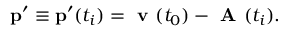
\mathbf { p } ^ { \prime } \equiv \mathbf { p } ^ { \prime } ( t _ { i } ) = \textbf { v } ( t _ { 0 } ) - \textbf { A } ( t _ { i } ) .